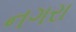
નગરા